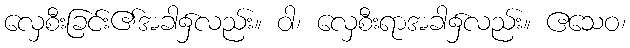
လှေစီးခြင်း၏အခါ၌လည်း။ ဝါ၊ လှေစီးရာအခါ၌လည်း။ ဧသေဝ၊